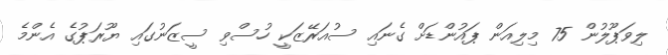
ލިވަޕޫލުން 75 މިލިއަން ޕައުންޑަށް ގެނައި ސުއަރޭޒަކީ ހުސްވި ސީޒަނުގައި ޔޫރަޕުގެ އެންމެ